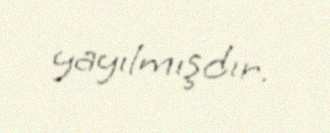
yayılmışdır.